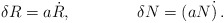
\begin{align*}\delta R = a\dot R,\qquad\qquad \delta N = (aN\dot ) \,. \end{align*}